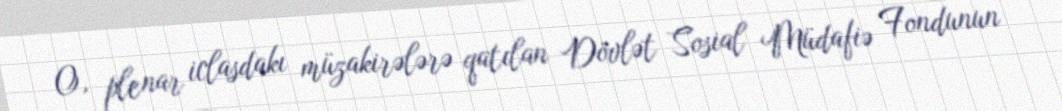
O, plenar iclasdakı müzakirələrə qatılan Dövlət Sosial Müdafiə Fondunun